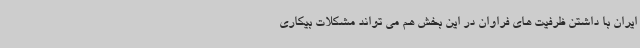
ایران با داشتن ظرفیت های فراوان در این بخش هم می تواند مشکلات بیکاری